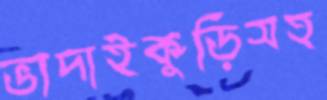
ভাদাইকুঁড়িসহ